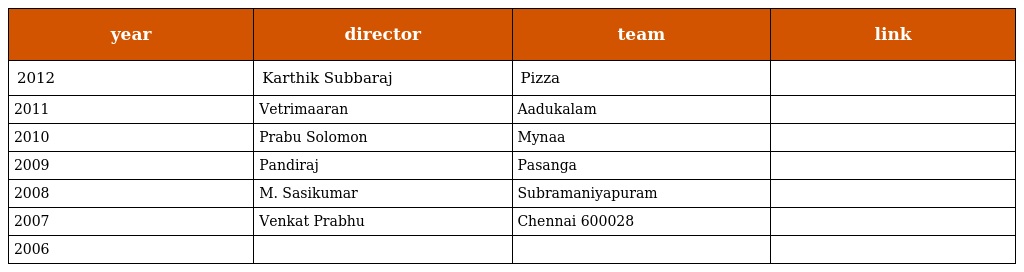
| year | director | team | link |
 | --- | --- | --- | --- |
 | 2012 | Karthik Subbaraj | Pizza |  |
 | 2011 | Vetrimaaran | Aadukalam |  |
 | 2010 | Prabu Solomon | Mynaa |  |
 | 2009 | Pandiraj | Pasanga |  |
 | 2008 | M. Sasikumar | Subramaniyapuram |  |
 | 2007 | Venkat Prabhu | Chennai 600028 |  |
 | 2006 |  |  |  |